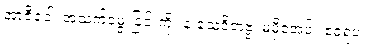
အာဇီဝေါ၊ အသက်မွေးခြင်းကို။ န သေဝိတဗ္ဗံ၊ မမှီဝဲအပ်။ ဧဝရူပံ၊